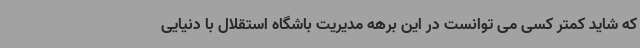
که شاید کمتر کسی می توانست در این برهه مدیریت باشگاه استقلال با دنیایی